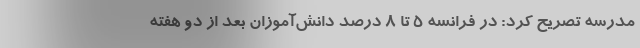
مدرسه تصریح کرد: ‌در فرانسه ۵ تا ۸ درصد دانش‌آموزان بعد از دو هفته